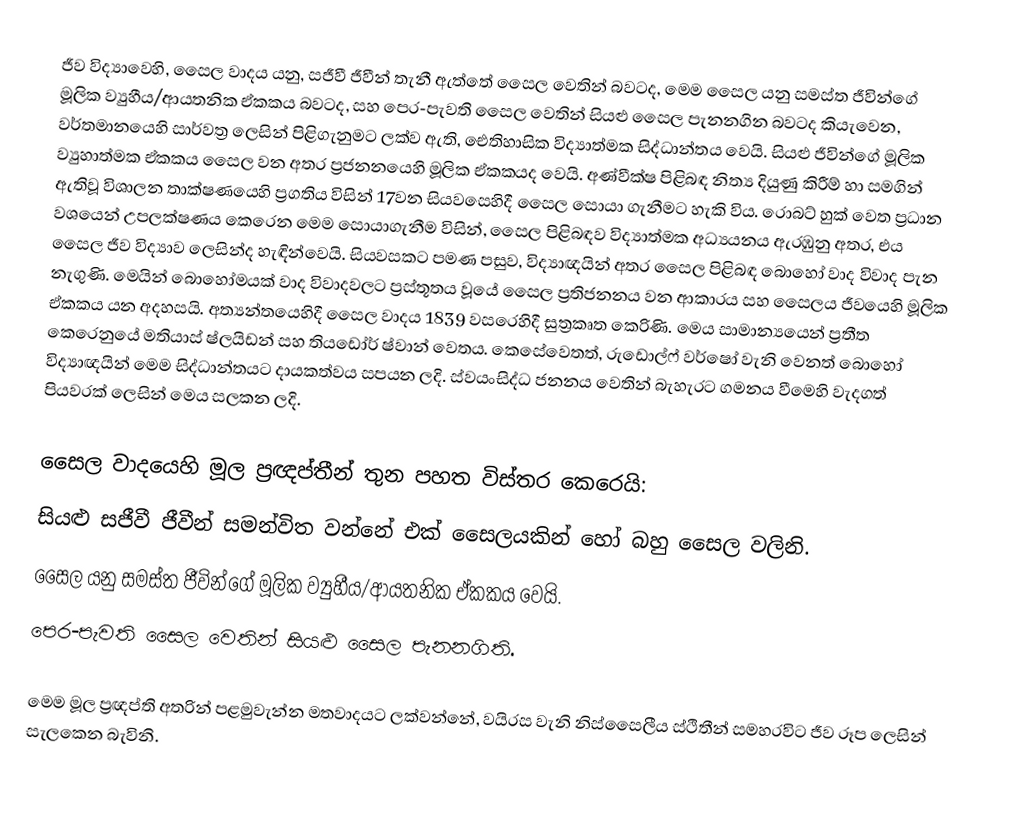
ජීව විද්‍යාවෙහි, සෛල වාදය යනු, සජීවී ජීවීන් තැනී ඇත්තේ සෛල වෙතින් බවටද, මෙම සෛල යනු සමස්ත ජීවින්ගේ මූලික ව්‍යුහීය/ආයතනික ඒකකය බවටද, සහ පෙර-පැවති සෛල වෙතින් සියළු සෛල පැනනගින බවටද කියැවෙන, වර්තමානයෙහි සාර්වත්‍ර ලෙසින් පිළිගැනුමට ලක්ව ඇති, ඓතිහාසික විද්‍යාත්මක සිද්ධාන්තය වෙයි. සියළු ජීවින්ගේ  මූලික ව්‍යුහාත්මක ඒකකය සෛල වන අතර ප්‍රජනනයෙහි මූලික ඒකකයද වෙයි. අණ්වීක්ෂ පිළිබඳ  නිත්‍ය දියුණු කිරීම් හා සමගින් ඇතිවූ විශාලන තාක්ෂණයෙහි ප්‍රගතිය විසින් 17වන සියවසෙහිදී සෛල සොයා ගැනීමට හැකි විය. රොබට් හුක් වෙත ප්‍රධාන වශයෙන් උපලක්ෂණය කෙරෙන මෙම සොයාගැනීම විසින්, සෛල පිළිබඳව විද්‍යාත්මක අධ්‍යයනය ඇරඹුනු අතර, එය  සෛල ජීව විද්‍යාව ලෙසින්ද හැඳින්වෙයි. සියවසකට පමණ පසුව, විද්‍යාඥයින් අතර සෛල පිළිබඳ බොහෝ වාද විවාද පැන නැගුණි. මෙයින් බොහෝමයක් වාද විවාදවලට ප්‍රස්තූතය වූයේ සෛල ප්‍රතිජනනය වන ආකාරය සහ සෛලය ජීවයෙහි මූලික ඒකකය යන අදහසයි. අත්‍යන්තයෙහිදී සෛල වාදය  1839 වසරෙහිදී සුත්‍රකෘත කෙරිණි. මෙය සාමාන්‍යයෙන් ප්‍රතීත කෙරෙනුයේ මතියාස් ෂ්ලයිඩන් සහ තියඩෝර් ෂ්වාන් වෙතය. කෙසේවෙතත්, රුඩොල්ෆ් වර්ෂෝ වැනි වෙනත් බොහෝ විද්‍යාඥයින් මෙම සිද්ධාන්තයට දායකත්වය සපයන ලදි. ස්වයංසිද්ධ ජනනය වෙතින් බැහැරට ගමනය වීමෙහි වැදගත් පියවරක් ලෙසින් මෙය සලකන ලදි.

සෛල වාදයෙහි  මූල ප්‍රඥප්තීන් තුන පහත විස්තර කෙරෙයි:
 සියළු සජීවී ජීවීන් සමන්විත වන්නේ එක් සෛලයකින් හෝ බහු සෛල වලිනි.
 සෛල යනු සමස්ත ජීවින්ගේ මූලික ව්‍යුහීය/ආයතනික ඒකකය වෙයි.
 පෙර-පැවති සෛල වෙතින් සියළු සෛල පැනනගිති.

මෙම මූල ප්‍රඥප්ති අතරින් පළමුවැන්න මතවාදයට ලක්වන්නේ, වයිරස වැනි   නිස්සෛලීය ස්ථිතීන් සමහරවිට ජීව රූප ලෙසින් සැලකෙන බැවිනි.